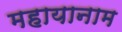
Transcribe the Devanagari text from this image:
महायानाम